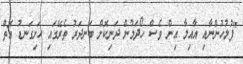
"ފުލުހުންނާއި އާއިލާ އިން ވެސް ހޯދަމުން ދަނިކޮށް ބަނދަރު ތެރޭގައި ހަށިގަނޑު އޮތް